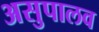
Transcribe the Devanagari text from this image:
असुपालव